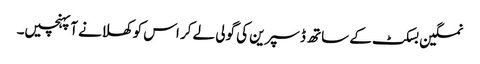
نمکین بسکٹ کے ساتھ ڈسپرین کی گولی لے کر اس کو کھلانے آپہنچیں۔